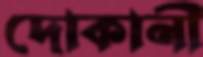
দোকানী